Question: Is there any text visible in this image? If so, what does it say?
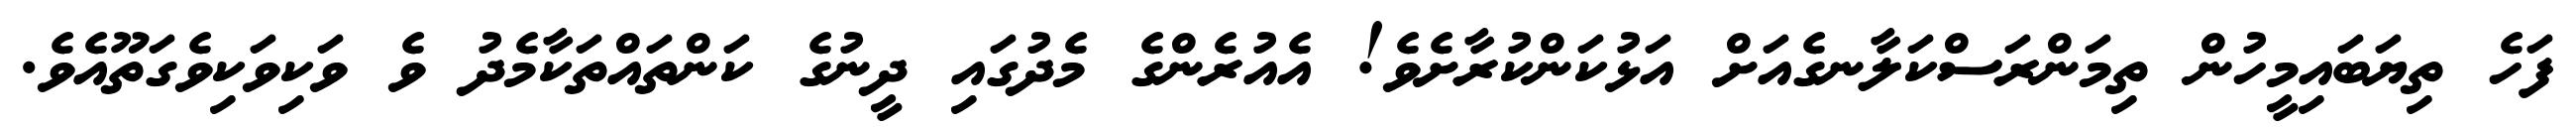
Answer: ފަހެ ތިޔަބައިމީހުން ތިމަންރަސްކަލާނގެއަށް އަޅުކަންކުރާށެވެ! އެއުރެންގެ މެދުގައި ދީނުގެ ކަންތައްތަކާމެދު ވެ ވަކިވަކިވެގަތޫއެވެ.